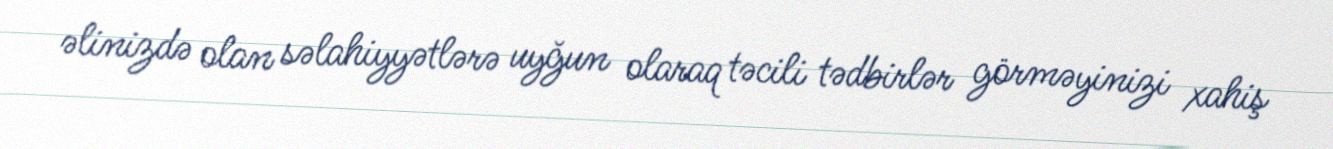
əlinizdə olan səlahiyyətlərə uyğun olaraq təcili tədbirlər görməyinizi xahiş